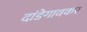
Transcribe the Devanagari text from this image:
दांडेगावकर